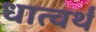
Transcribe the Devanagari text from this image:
धात्वर्थं